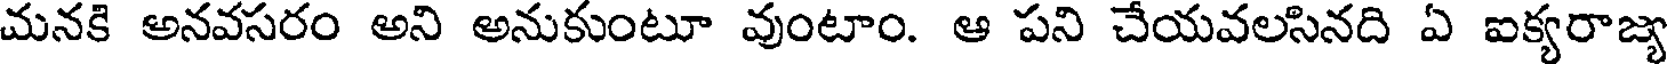
మనకి అనవసరం అని అనుకుంటూ వుంటాం. ఆ పని చేయవలసినది ఏ ఐక్యరాజ్య